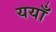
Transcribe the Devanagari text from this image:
ययाँ